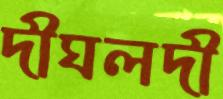
দীঘলদী